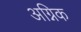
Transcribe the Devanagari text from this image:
अग्निक